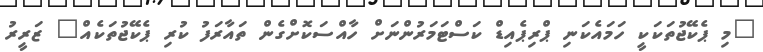
"މި ޕެކޭޖުތަކަކީ ހަމައެކަނި ޕްރިޕެއިޑް ކަސްޓަމަރުންނަށް ހާއްސަކޮށްގެން ތައާރަފު ކުރި ޕެކޭޖުތަކެއް" ޒަރީރު